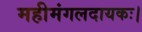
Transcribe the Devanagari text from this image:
महीमंगलदायकः।